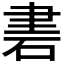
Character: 𥒠